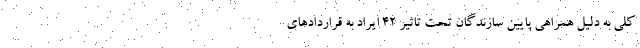
کلی به دلیل همراهی پایین سازندگان تحت تاثیر ۴۲ ایراد به قراردادهای